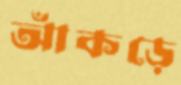
আঁকড়ে